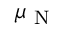
\mu _ { \mathrm { ~ N ~ } }